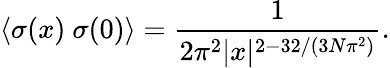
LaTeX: \langle\sigma(x)~\sigma(0)\rangle=\frac{1}{2\pi^{2}|x|^{2-32/(3N\pi^{2})}}.